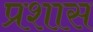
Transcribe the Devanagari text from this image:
प्रशास